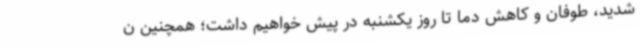
شدید، طوفان و کاهش دما تا روز یکشنبه در پیش خواهیم داشت؛ همچنین ن